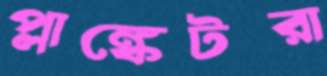
প্লাঙ্কেটরা